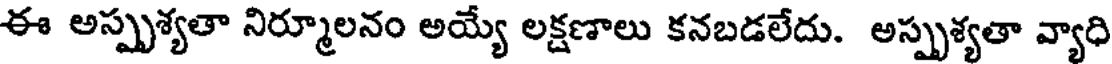
ఈ అస్పృశ్యతా నిర్మూలనం అయ్యే లక్షణాలు కనబడలేదు. అస్పృశ్యతా వ్యాధి